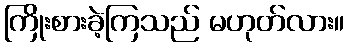
ကြိုးစားခဲ့ကြသည် မဟုတ်လား။